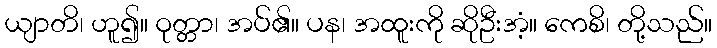
ယျာတိ၊ ဟူ၍။ ဝုတ္တာ၊ အပ်၏။ ပန၊ အထူးကို ဆိုဦးအံ့။ ကေစိ၊ တို့သည်။